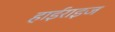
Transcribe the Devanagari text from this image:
हाईराइज